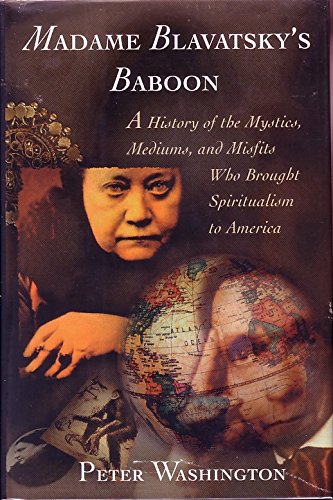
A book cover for MADAME BLAVATSKY'S BABOON: A History of the Mystics, Mediums, and Misfits Who Brought...; Peter Washington; Religion & Spirituality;